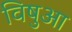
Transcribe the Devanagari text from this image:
विषुआ